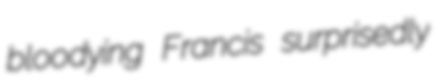
bloodying Francis surprisedly